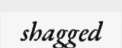
shagged